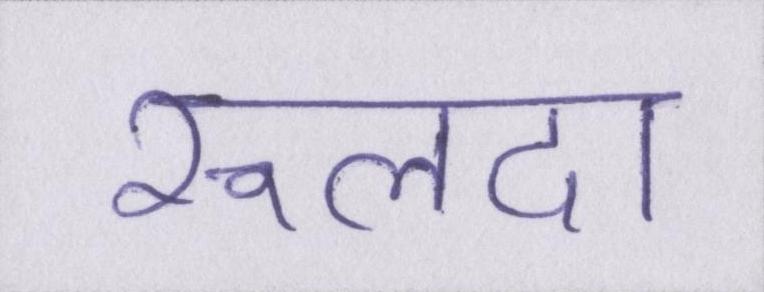
रूलदा